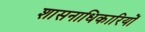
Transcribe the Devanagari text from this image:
शासनाधिकारियों